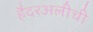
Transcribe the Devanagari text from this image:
हैदरअलीची